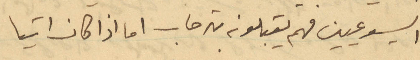
اليسوعيين فهم يقبلونه بترحاب اما اذا كان اتيا